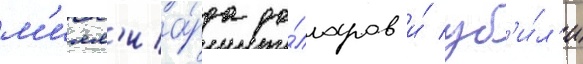
м'илл'иа́рда до́лларов и́ уб'и́л'и